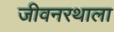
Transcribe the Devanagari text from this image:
जीवनरथाला